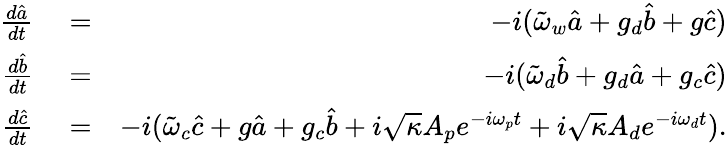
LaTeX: \begin{array}{rlr}{\frac{d\hat{a}}{dt}}&{{}=}&{-i(\tilde{\omega}_{w}\hat{a}+g_{d}\hat{b}+g\hat{c})}\\ {\frac{d\hat{b}}{dt}}&{{}=}&{-i(\tilde{\omega}_{d}\hat{b}+g_{d}\hat{a}+g_{c}\hat{c})}\\ {\frac{d\hat{c}}{dt}}&{{}=}&{-i(\tilde{\omega}_{c}\hat{c}+g\hat{a}+g_{c}\hat{b}+i\sqrt{\kappa}A_{p}e^{-i\omega_{p}t}+i\sqrt{\kappa}A_{d}e^{-i\omega_{d}t}).}\end{array}